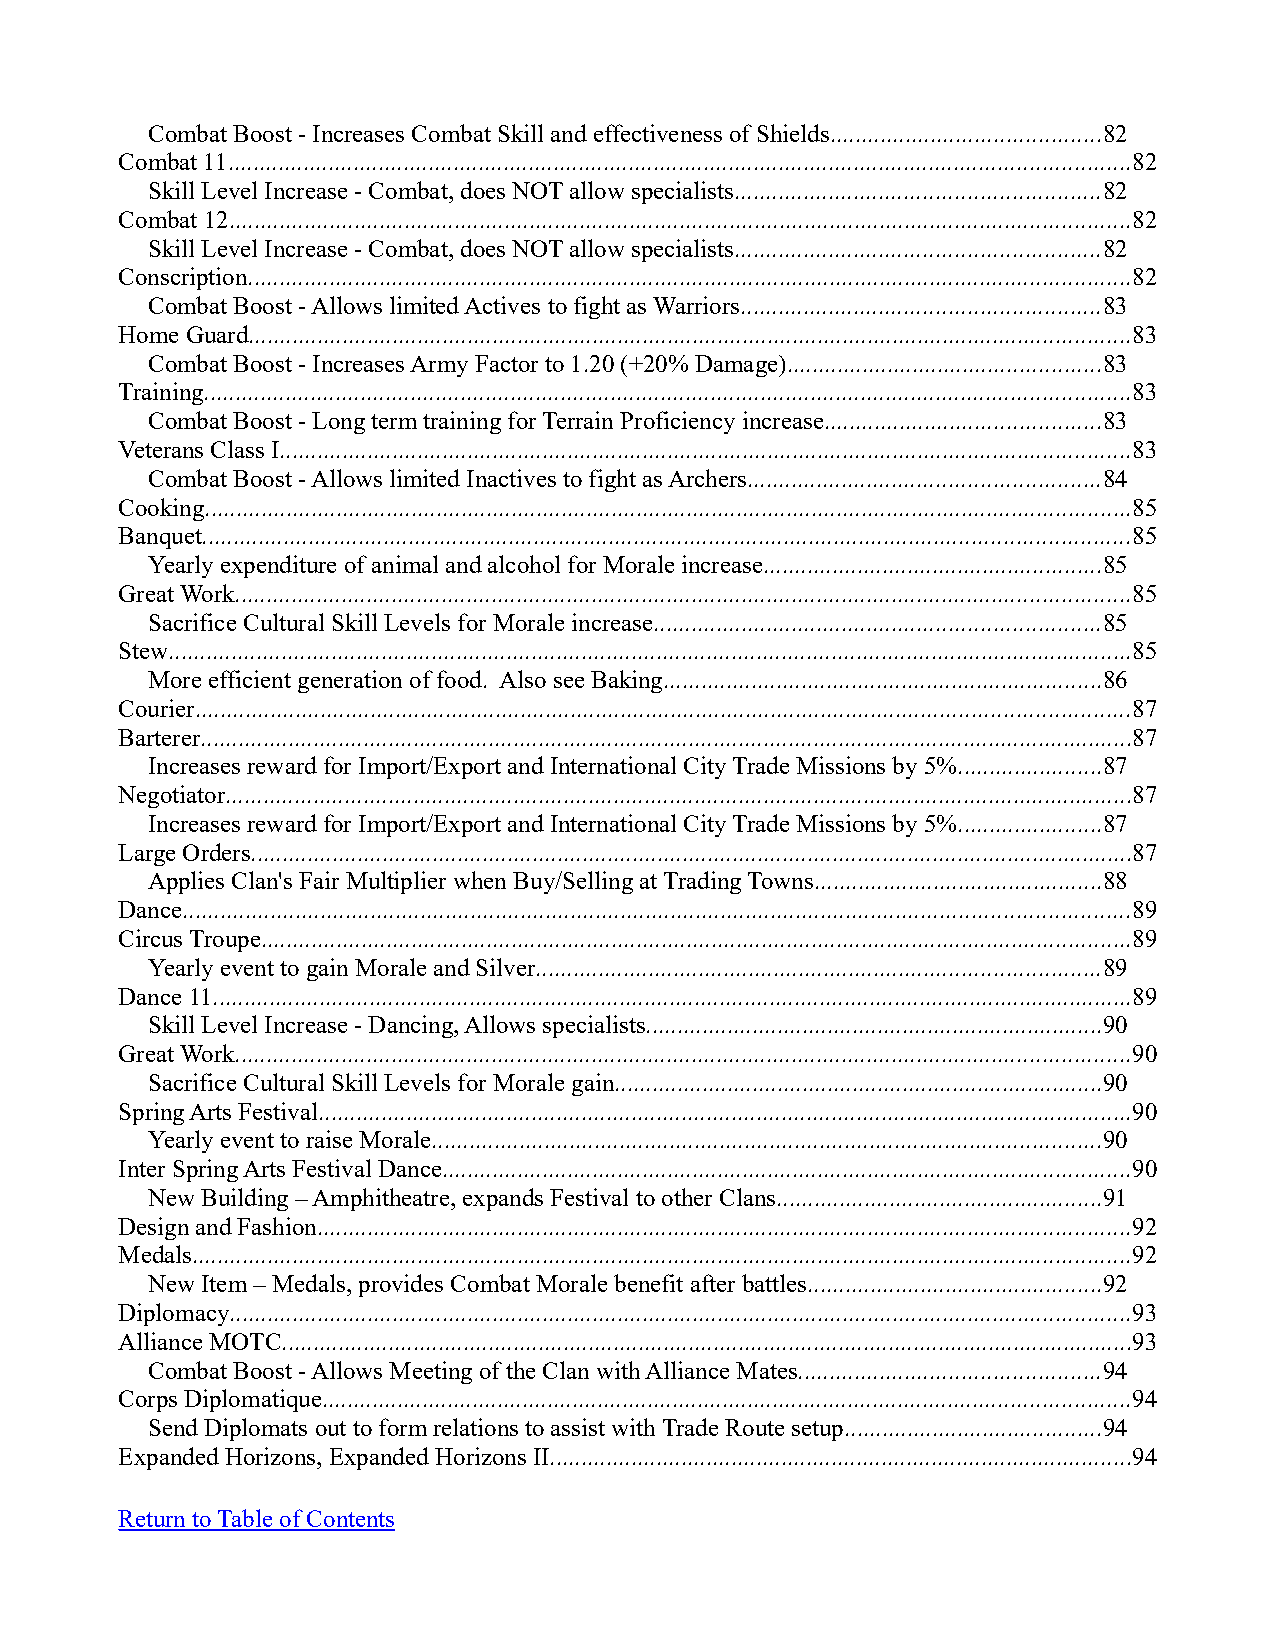
Combat Boost - Increases Combat Skill and effectiveness of Shields...........................................82
 Combat 11................................................................................................................................................82
 Skill Level Increase - Combat, does NOT allow specialists..........................................................82
 Combat 12................................................................................................................................................82
 Skill Level Increase - Combat, does NOT allow specialists..........................................................82
 Conscription.............................................................................................................................................82
 Combat Boost - Allows limited Actives to fight as Warriors.........................................................83
 Home Guard.............................................................................................................................................83
 Combat Boost - Increases Army Factor to 1.20 (+20% Damage)..................................................83
 Training....................................................................................................................................................83
 Combat Boost - Long term training for Terrain Proficiency increase............................................83
 Veterans Class I........................................................................................................................................83
 Combat Boost - Allows limited Inactives to fight as Archers........................................................84
 Cooking....................................................................................................................................................85
 Banquet....................................................................................................................................................85
 Yearly expenditure of animal and alcohol for Morale increase......................................................85
 Great Work...............................................................................................................................................85
 Sacrifice Cultural Skill Levels for Morale increase.......................................................................85
 Stew..........................................................................................................................................................85
 More efficient generation of food. Also see Baking......................................................................86
 Courier.....................................................................................................................................................87
 Barterer.....................................................................................................................................................87
 Increases reward for Import/Export and International City Trade Missions by 5%.......................87
 Negotiator.................................................................................................................................................87
 Increases reward for Import/Export and International City Trade Missions by 5%.......................87
 Large Orders.............................................................................................................................................87
 Applies Clan's Fair Multiplier when Buy/Selling at Trading Towns..............................................88
 Dance.......................................................................................................................................................89
 Circus Troupe...........................................................................................................................................89
 Yearly event to gain Morale and Silver..........................................................................................89
 Dance 11...................................................................................................................................................89
 Skill Level Increase - Dancing, Allows specialists.........................................................................90
 Great Work...............................................................................................................................................90
 Sacrifice Cultural Skill Levels for Morale gain..............................................................................90
 Spring Arts Festival..................................................................................................................................90
 Yearly event to raise Morale...........................................................................................................90
 Inter Spring Arts Festival Dance..............................................................................................................90
 New Building – Amphitheatre, expands Festival to other Clans....................................................91
 Design and Fashion..................................................................................................................................92
 Medals......................................................................................................................................................92
 New Item – Medals, provides Combat Morale benefit after battles...............................................92
 Diplomacy................................................................................................................................................93
 Alliance MOTC........................................................................................................................................93
 Combat Boost - Allows Meeting of the Clan with Alliance Mates................................................94
 Corps Diplomatique.................................................................................................................................94
 Send Diplomats out to form relations to assist with Trade Route setup.........................................94
 Expanded Horizons, Expanded Horizons II.............................................................................................94
 Return to Table of Contents